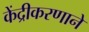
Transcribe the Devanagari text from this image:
केंद्रीकरणाने